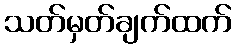
သတ်မှတ်ချက်ထက်